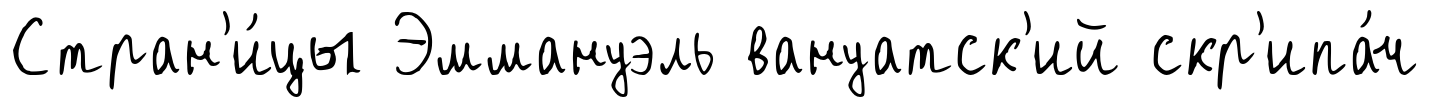
Стран'и́цы Эммануэль вануатск'ий скр'ипа́ч